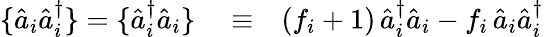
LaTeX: \begin{array}{rlr}{\{ \hat{a}_{i}\hat{a}_{i}^{\dagger}\} =\{ \hat{a}_{i}^{\dagger}\hat{a}_{i}\} }&{{}\equiv}&{(f_{i}+1)\, \hat{a}_{i}^{\dagger}\hat{a}_{i}-f_{i}\, \hat{a}_{i}\hat{a}_{i}^{\dagger}}\end{array}